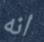
انه